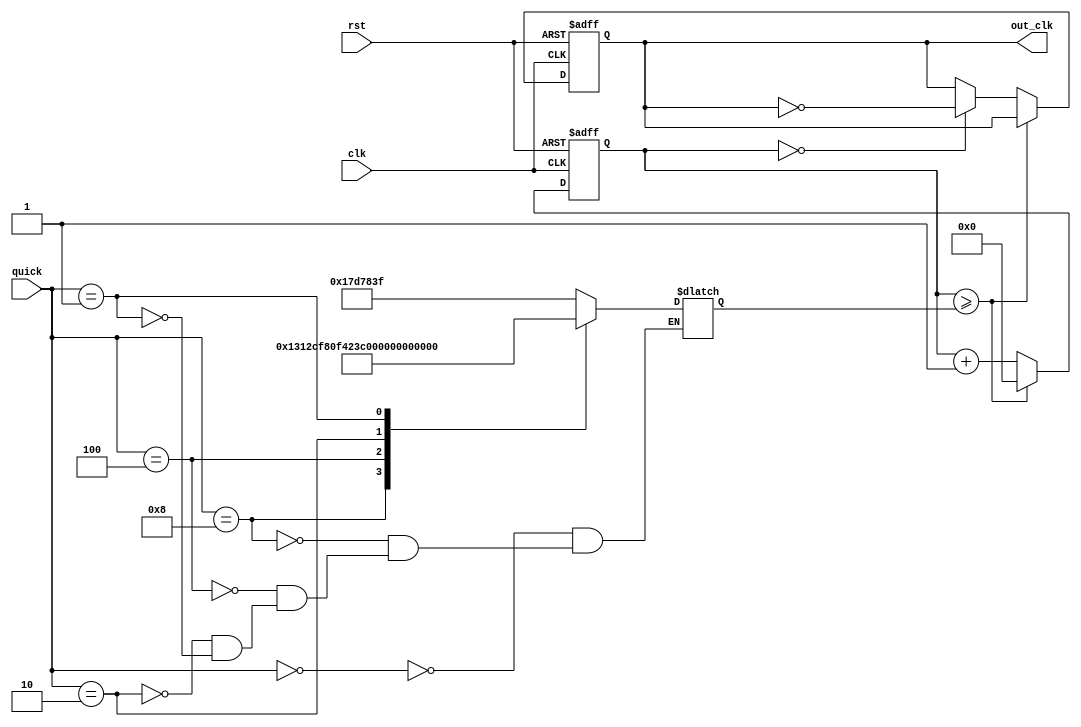
module clk_dll (
    rst,
    clk,
    quick,
    out_clk
);

  input rst, clk;
  input [3:0] quick;
  output reg out_clk;

  reg [24:0] half_cycle;
  parameter half_cycle_orig = 24999999;

  reg [24:0] cnt_clk;

  always @(quick) begin
    case (quick)
      4'b0000: half_cycle <= half_cycle_orig;
      4'b1000: half_cycle <= half_cycle_orig / 10;
      4'b0100: half_cycle <= half_cycle_orig / 100;
      4'b0010: half_cycle <= half_cycle_orig / 1000;
      4'b0001: half_cycle <= half_cycle_orig / 10000;
    endcase
  end

  always @(posedge clk or negedge rst) begin
    if (!rst) begin
      out_clk <= 0;
      cnt_clk <= 0;
    end else begin
      cnt_clk <= cnt_clk + 1;
      if (cnt_clk >= half_cycle) cnt_clk <= 0;
      else if (cnt_clk == 0) out_clk <= !out_clk;
    end
  end

endmodule